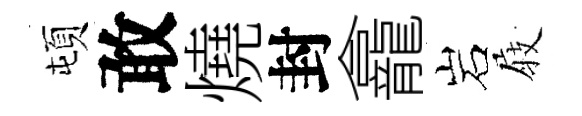
頓敢燒封龕岩𡲆